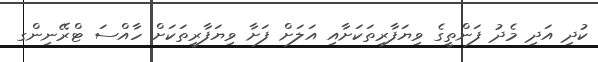
ކުދި އަދި މެދު ފަންތީގެ ވިޔަފާރިތަކަށާއި އަލަށް ފަށާ ވިޔަފާރީތަކަށް ހާއްސަ ޓްރޭނިންގ